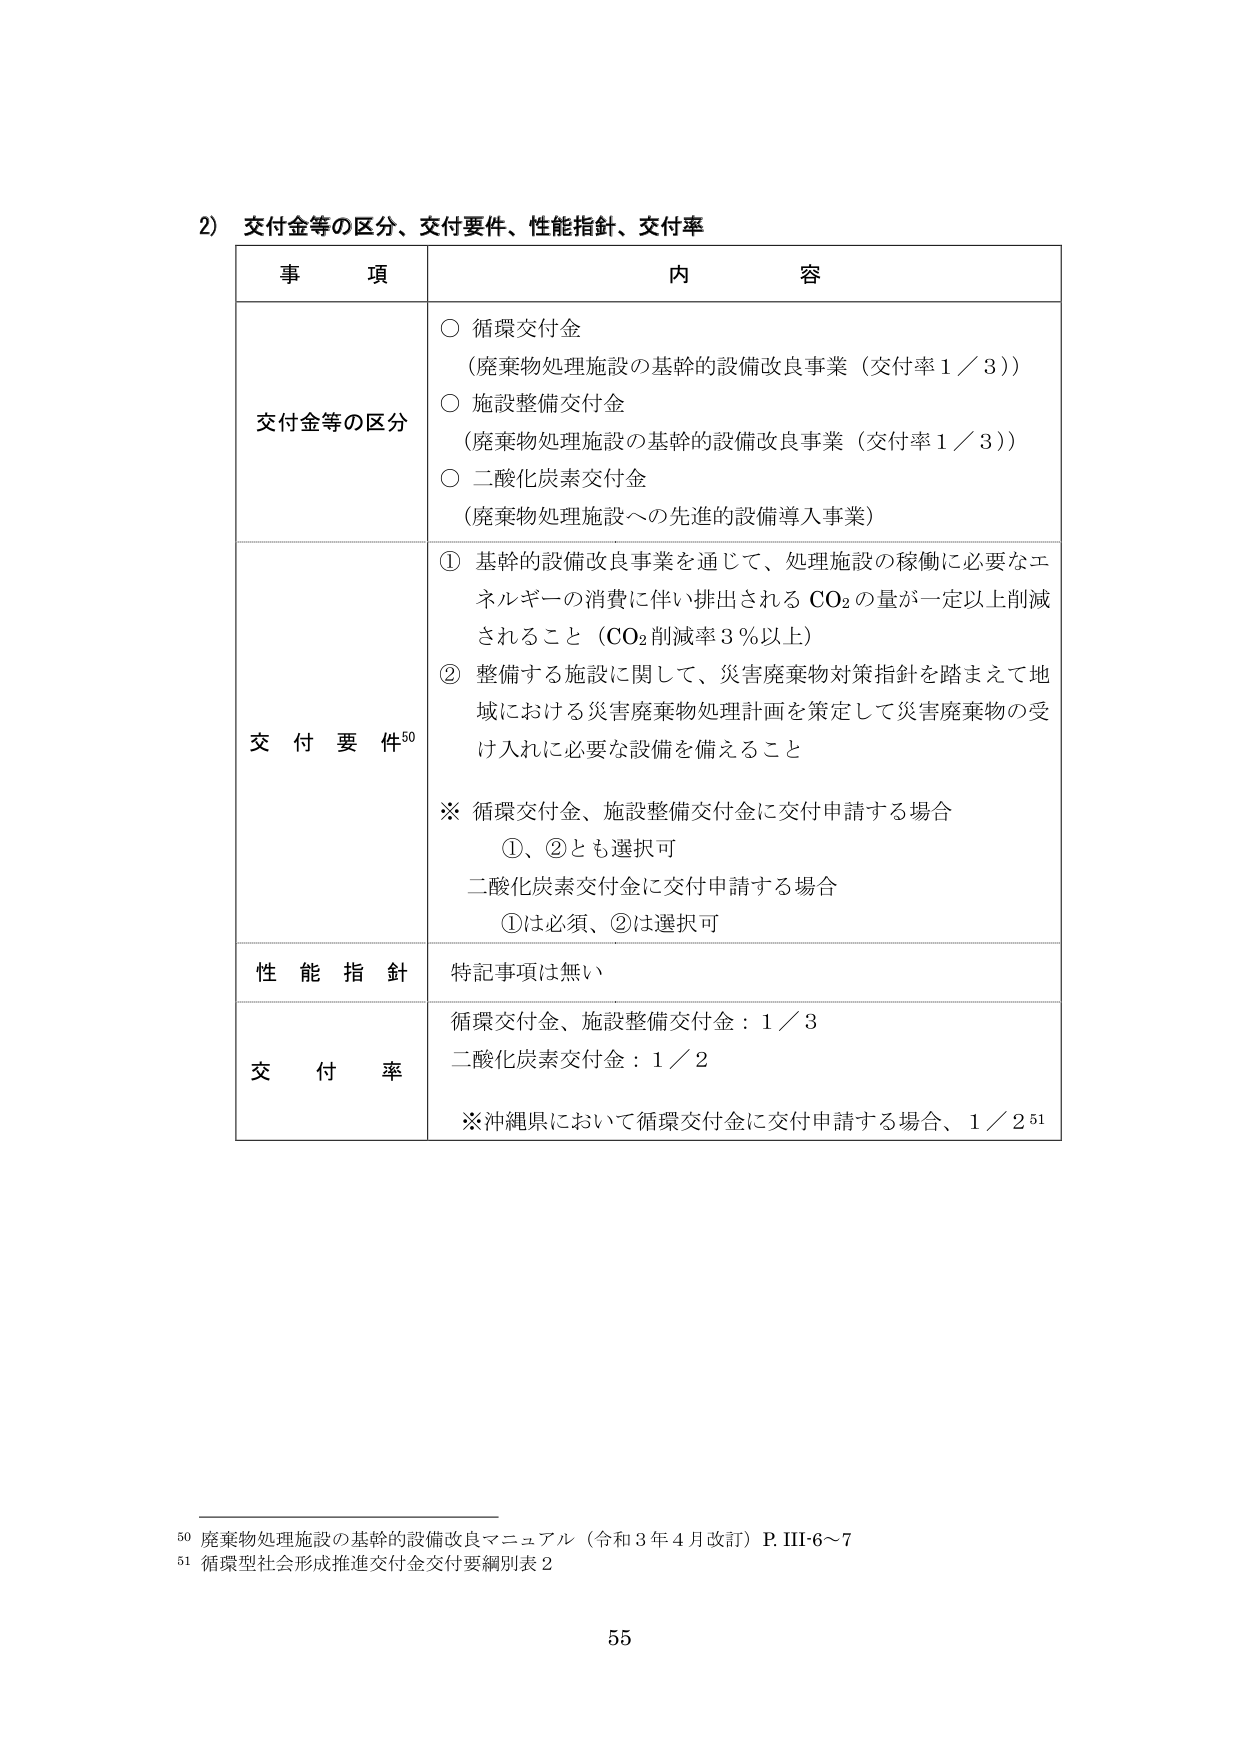
2) 交付金等の区分、交付要件、性能指針、交付率

事項 内容

交付金等の区分
○ 循環交付金
（廃棄物処理施設の基幹的設備改良事業（交付率1／3））
○ 施設整備交付金
（廃棄物処理施設の基幹的設備改良事業（交付率1／3））
○ 二酸化炭素交付金
（廃棄物処理施設への先進的設備導入事業）

交付要件50
① 基幹的設備改良事業を通じて、処理施設の稼働に必要なエネルギーの消費に伴い排出されるCO₂の量が一定以上削減されること（CO₂削減率3％以上）
② 整備する施設に関して、災害廃棄物対策指針を踏まえて地域における災害廃棄物処理計画を策定して災害廃棄物の受け入れに必要な設備を備えること

※ 循環交付金、施設整備交付金に交付申請する場合
①、②とも選択可
二酸化炭素交付金に交付申請する場合
①は必須、②は選択可

性能指針
特記事項は無い

交付率
循環交付金、施設整備交付金：1／3
二酸化炭素交付金：1／2
※沖縄県において循環交付金に交付申請する場合、1／251

50 廃棄物処理施設の基幹的設備改良マニュアル（令和3年4月改訂）P.Ⅲ-6～7
51 循環型社会形成推進交付金交付要綱別表2

55